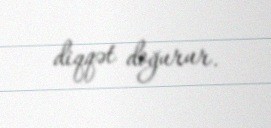
diqqət doğurur.